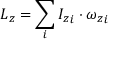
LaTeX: L _ { z } = \sum _ { i } { I _ { z } } _ { i } \cdot { \omega _ { z } } _ { i }